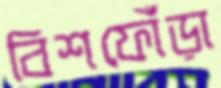
বিশফোঁড়া